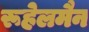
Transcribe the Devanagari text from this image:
रूहेलमैन